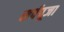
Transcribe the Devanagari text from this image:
सर्पपूजा